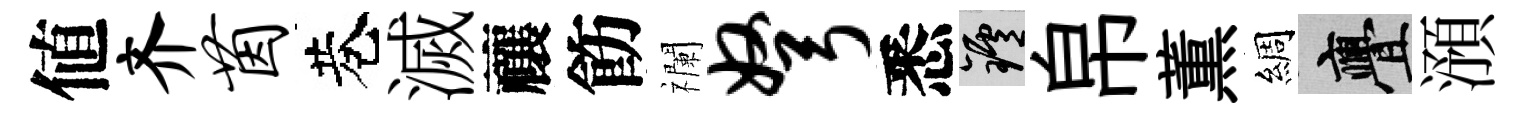
値齐茵巷滅禳飭襴弩悉爐帛薫綢亹澦